画像に写った文字を読んでください
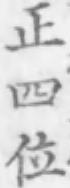
「正四位」と書いてあります